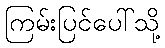
ကြမ်းပြင်ပေါ်သို့